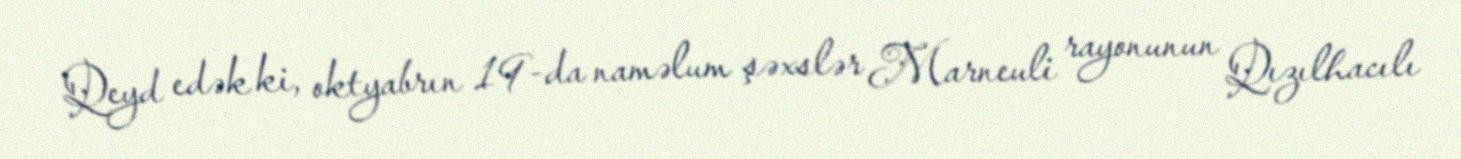
Qeyd edək ki, oktyabrın 19-da naməlum şəxslər Marneuli rayonunun Qızılhacılı